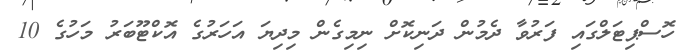
ހޮސްޕިޓަލްގައި ފަރުވާ ދެމުން ދަނިކޮށް ނިމިގެން މިދިޔަ އަހަރުގެ އޮކްޓޫބަރު މަހުގެ 10